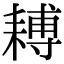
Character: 𦔍